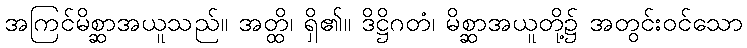
အကြင်မိစ္ဆာအယူသည်။ အတ္ထိ၊ ရှိ၏။ ဒိဋ္ဌိဂတံ၊ မိစ္ဆာအယူတို့၌ အတွင်းဝင်သော